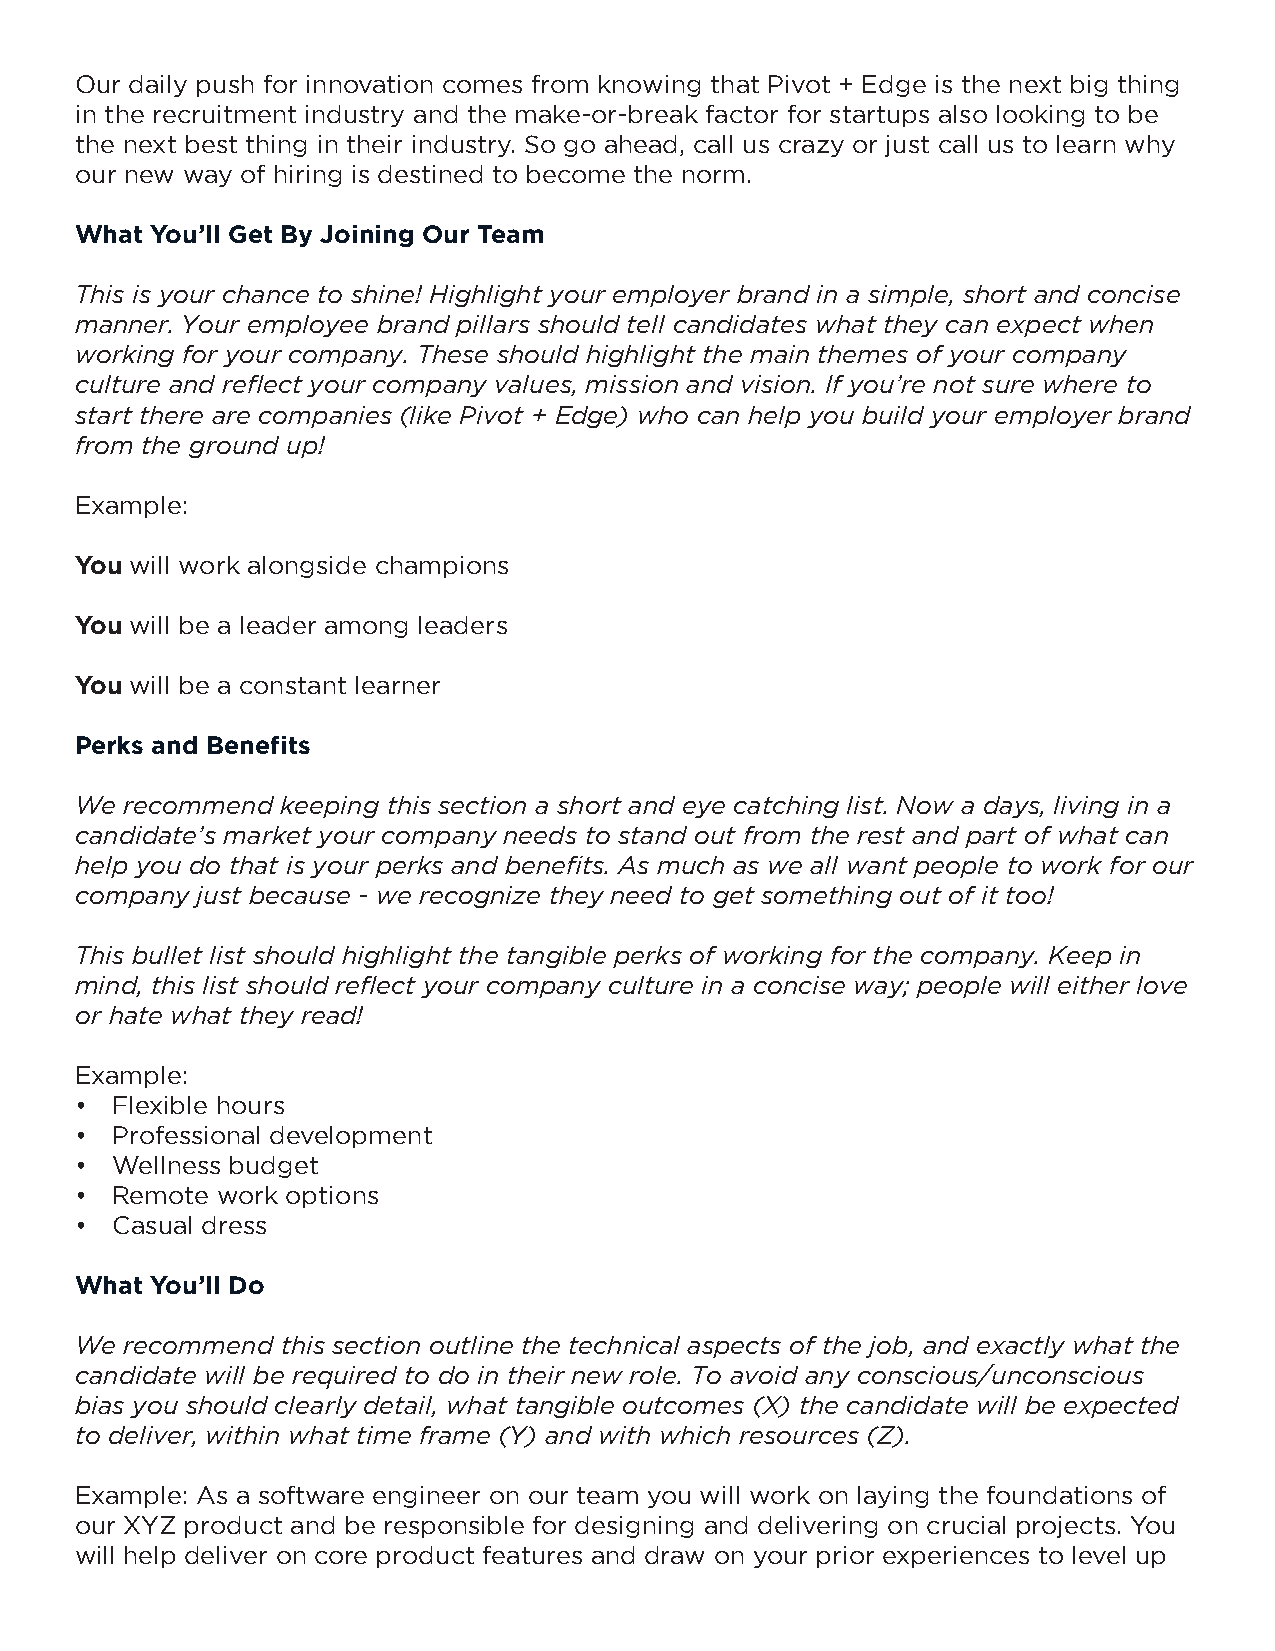
Our daily push for innovation comes from knowing that Pivot + Edge is the next big thing
 in the recruitment industry and the make-or-break factor for startups also looking to be
 the next best thing in their industry. So go ahead, call us crazy or just call us to learn why
 our new way of hiring is destined to become the norm.
 What You’ll Get By Joining Our Team
 This is your chance to shine! Highlight your employer brand in a simple, short and concise
 manner. Your employee brand pillars should tell candidates what they can expect when
 working for your company. These should highlight the main themes of your company
 culture and reflect your company values, mission and vision. If you’re not sure where to
 start there are companies (like Pivot + Edge) who can help you build your employer brand
 from the ground up!
 Example:
 You will work alongside champions
 You will be a leader among leaders
 You will be a constant learner
 Perks and Benefits
 We recommend  keeping this section a short and eye catching list. Now a days, living in a
 candidate’s market your company needs to stand out from the rest and part of what can
 help you do that is your perks and benefits. As much as we all want people to work for our
 company just because - we recognize they need to get something out of it too!
 This bullet list should highlight the tangible perks of working for the company. Keep in
 mind, this list should reflect your company culture in a concise way; people will either love
 or hate what they read!
 Example:
 • Flexible hours
 • Professional development
 • Wellness budget
 • Remote work options
 • Casual dress
 What You’ll Do
 We recommend  this section outline the technical aspects of the job, and exactly what the
 candidate will be required to do in their new role. To avoid any conscious/unconscious
 bias you should clearly detail, what tangible outcomes (X) the candidate will be expected
 to deliver, within what time frame (Y) and with which resources (Z).
 Example: As a software engineer on our team you will work on laying the foundations of
 our XYZ product and be responsible for designing and delivering on crucial projects. You
 will help deliver on core product features and draw on your prior experiences to level up